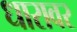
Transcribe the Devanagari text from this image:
धारावर